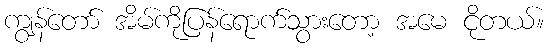
ကျွန်တော် အိမ်ကိုပြန်ရောက်သွားတော့ အမေ ငိုတယ်။